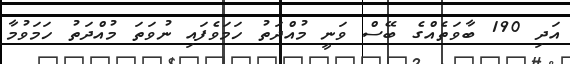
އަދި 190 ބާވަތެއްގެ ބޭސް ވަނީ މުއްދަތު ހަމަވެފައި ނުވަތަ މުއްދަތު ހަމަވުމާ